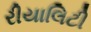
રીયાલિટી